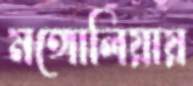
মঙ্গোলিয়ায়